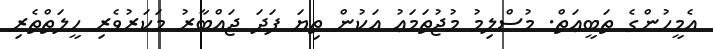
އެމީހުންގެ ތަބީޢަތް. މުސްލިމު މުޖުތަމަޢު އަކުން ތިޔަ ފަދަ ޖައްބާރު މަކަރުވެރި ހީލަތްތެރި